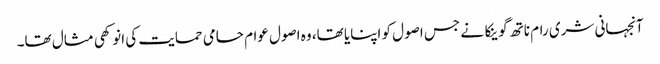
آنجہانی شری رام ناتھ گوینکا نے جس اصول کو اپنایا تھا، وہ اصول عوام حامی حمایت کی انوکھی مثال تھا۔